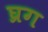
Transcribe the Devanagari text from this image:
घ्रग